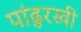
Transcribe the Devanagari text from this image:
पांढुरखी